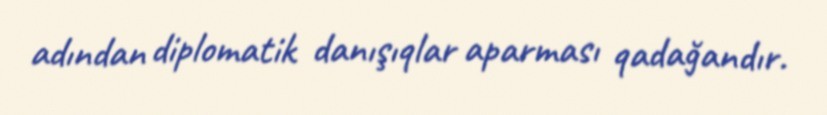
adından diplomatik danışıqlar aparması qadağandır.